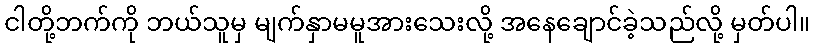
ငါတို့ဘက်ကို ဘယ်သူမှ မျက်နှာမမူအားသေးလို့ အနေချောင်ခဲ့သည်လို့ မှတ်ပါ။